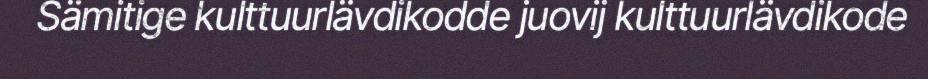
Sämitige kulttuurlävdikodde juovij kulttuurlävdikode